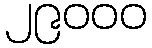
၂၉၀၀၀